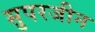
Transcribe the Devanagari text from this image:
सुपरजीन